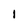
Character: 1